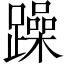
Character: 躁